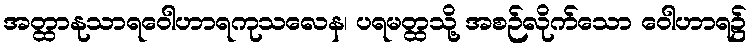
အတ္ထာနုသာရဝေါဟာရကုသလေန၊ ပရမတ္ထသို့ အစဉ်လိုက်သော ဝေါဟာရ၌